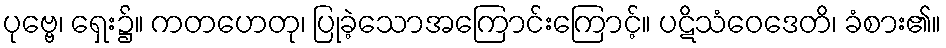
ပုဗ္ဗေ၊ ရှေး၌။ ကတဟေတု၊ ပြုခဲ့သောအကြောင်းကြောင့်။ ပဋိသံဝေဒေတိ၊ ခံစား၏။